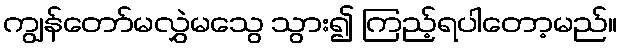
ကျွန်တော်မလွှဲမသွေ သွား၍ ကြည့်ရပါတော့မည်။